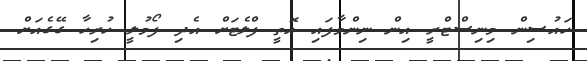
ހައުސިން މިނިސްޓްރީ އިން ނިންމާފައި އޮތީ ފްލެޓަށް އެދި ފޯމުލީ ހުރިހާ ގޭގެއަށް